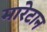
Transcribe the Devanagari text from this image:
मारेटान